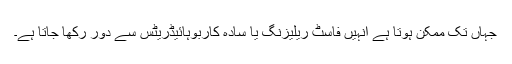
جہاں تک ممکن ہوتا ہے انہیں فاسٹ ریلیزنگ یا سادہ کاربوہائیڈریٹس سے دور رکھا جاتا ہے۔